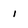
Character: i